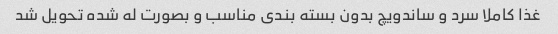
غذا کاملا سرد و ساندویچ بدون بسته بندی مناسب و بصورت له شده تحویل شد